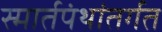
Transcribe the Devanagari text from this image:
स्मार्तपंथांतर्गत